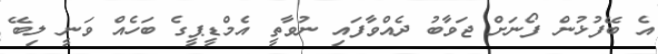
އެ ބޭފުޅުން ފޯނަށް ޖަވާބު ދެއްވާފައި ނުވާތީ އެމްޑީޕީގެ ބަހެއް ވަނީ ލިބޭ